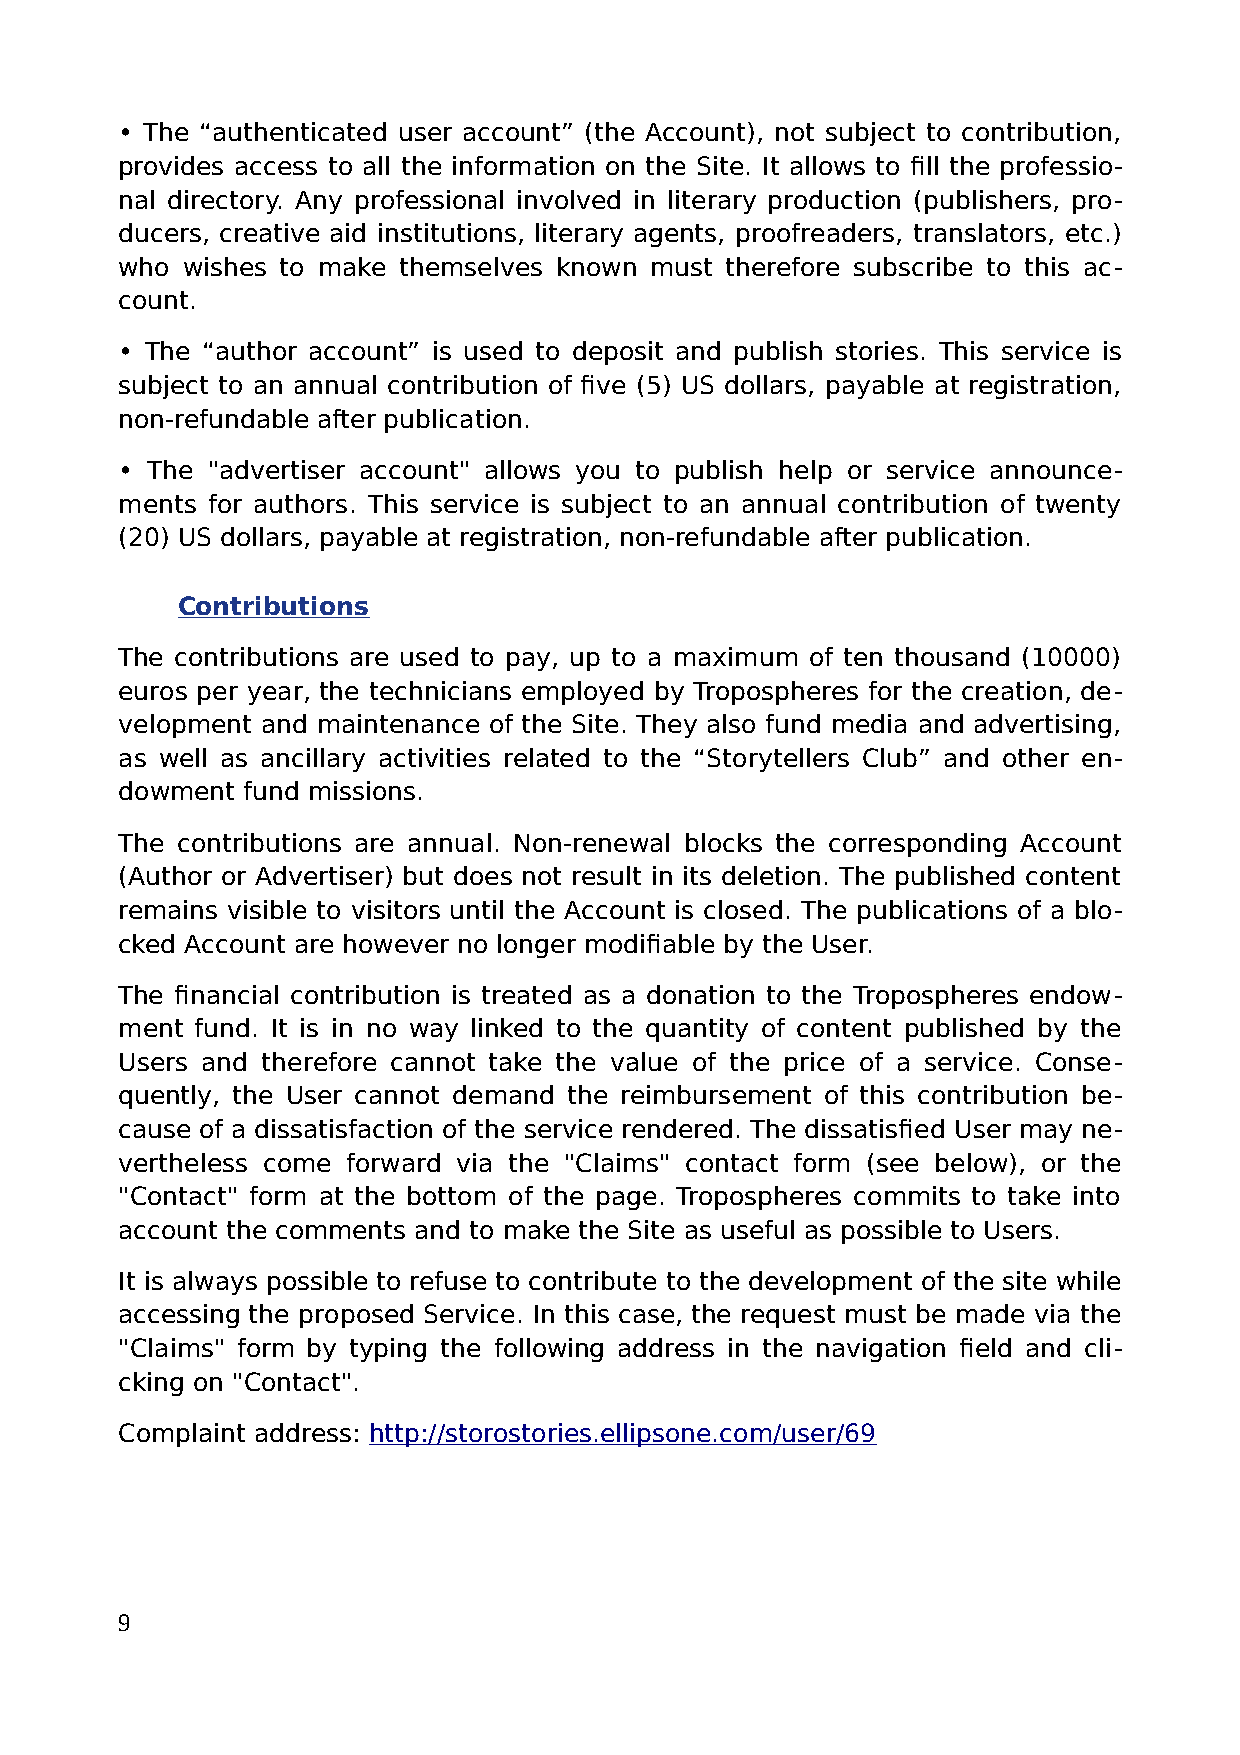
• The “authenticated user account” (the Account), not subject to contribution,
 provides access to all the information on the Site. It allows to fill the professio-
 nal directory. Any professional involved in literary production (publishers, pro-
 ducers, creative aid institutions, literary agents, proofreaders, translators, etc.)
 who wishes to make themselves known must therefore subscribe to this ac-
 count.
 • The “author account” is used to deposit and publish stories. This service is
 subject to an annual contribution of five (5) US dollars, payable at registration,
 non-refundable after publication.
 • The "advertiser account" allows you to publish help or service announce-
 ments for authors. This service is subject to an annual contribution of twenty
 (20) US dollars, payable at registration, non-refundable after publication.
 Contributions
 The contributions are used to pay, up to a maximum of ten thousand (10000)
 euros per year, the technicians employed by Tropospheres for the creation, de-
 velopment and maintenance of the Site. They also fund media and advertising,
 as well as ancillary activities related to the “Storytellers Club” and other en-
 dowment fund missions.
 The contributions are annual. Non-renewal blocks the corresponding Account
 (Author or Advertiser) but does not result in its deletion. The published content
 remains visible to visitors until the Account is closed. The publications of a blo-
 cked Account are however no longer modifiable by the User.
 The financial contribution is treated as a donation to the Tropospheres endow-
 ment fund. It is in no way linked to the quantity of content published by the
 Users and therefore cannot take the value of the price of a service. Conse-
 quently, the User cannot demand the reimbursement of this contribution be-
 cause of a dissatisfaction of the service rendered. The dissatisfied User may ne-
 vertheless come forward via the "Claims" contact form (see below), or the
 "Contact" form at the bottom of the page. Tropospheres commits to take into
 account the comments and to make the Site as useful as possible to Users.
 It is always possible to refuse to contribute to the development of the site while
 accessing the proposed Service. In this case, the request must be made via the
 "Claims" form by typing the following address in the navigation field and cli-
 cking on "Contact".
 Complaint address: http://storostories.ellipsone.com/user/69
 9